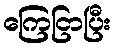
ကြေငြာပြီး